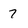
Character: 7